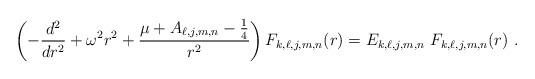
\begin{align*}\left( -\frac{d^{2}}{dr^{2}}+\omega ^{2}r^{2}+\frac{\mu +A_{\ell,j,m,n}-\frac{1}{4}}{r^{2}}\right) F_{k,\ell,j,m,n}(r)=E_{k,\ell,j,m,n}\ F_{k,\ell,j,m,n}(r) \ . \end{align*}